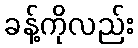
ခန့်ကိုလည်း